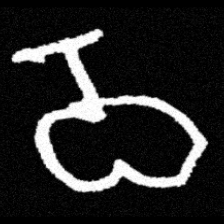
Pyu character \u2014 Myanmar letter: ဝ (romanized: wa)